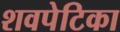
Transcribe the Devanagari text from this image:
शवपेटिका